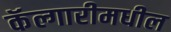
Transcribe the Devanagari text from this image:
कॅल्गारीमधील